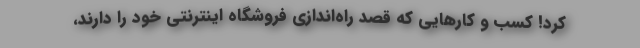
کرد! کسب و کارهایی که قصد راه‌اندازی فروشگاه اینترنتی خود را دارند،